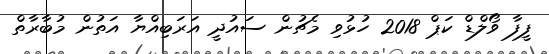
ފީފާ ވޯލްޑް ކަޕް 2018 ހުޅުވި މެޗުން ސައުދީ އަރަބިއްޔާ އަތުން މުބާރާތް